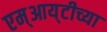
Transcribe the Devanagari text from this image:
एम्‌आय्‌टीच्या